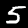
Label: 5